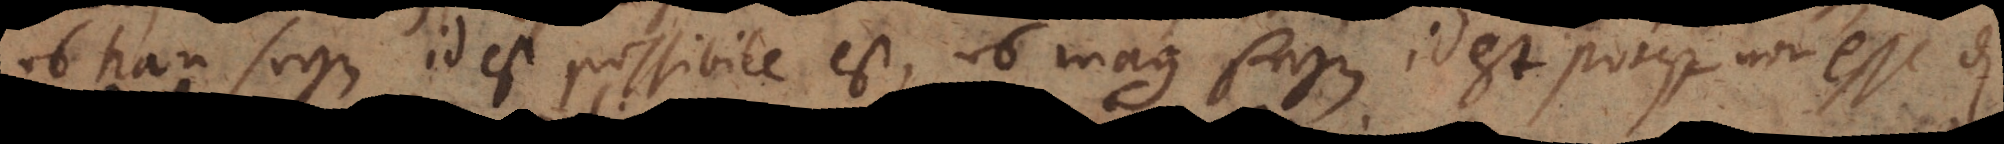
kan seyn id est possibile est, es mag seyn id est potest non esse.